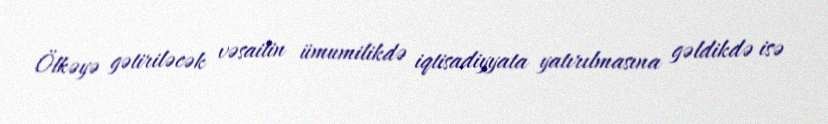
Ölkəyə gətiriləcək vəsaitin ümumilikdə iqtisadiyyata yatırılmasına gəldikdə isə